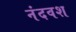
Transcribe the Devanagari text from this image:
नंदवश